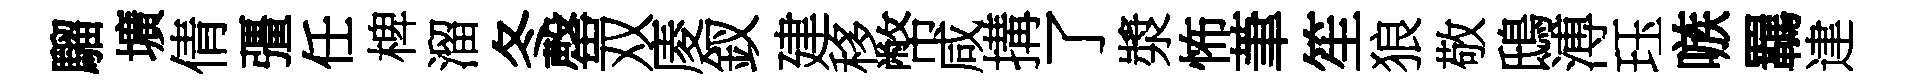
騮壙倩彊任椑溜冬罄双庱釵建移幣咸搆了漿怖茟笙狼敬鴟溥珏嗾羈䢖